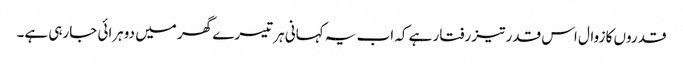
قدروں کا زوال اس قدر تیز رفتار ہے کہ اب یہ کہانی ہر تیسرے گھر میں دوہرائی جارہی ہے۔